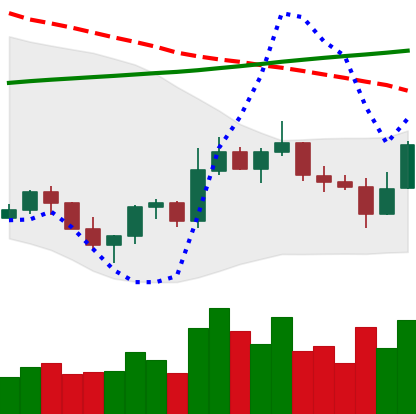
Ticker: ETC-USD
Chart end date: 2022-11-04
Forward return: -28.84%
Label: down_7plus